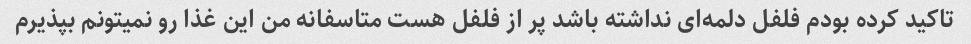
تاکید کرده بودم فلفل دلمه‌ای نداشته باشد پر از فلفل هست متاسفانه من این غذا رو نمیتونم بپذیرم